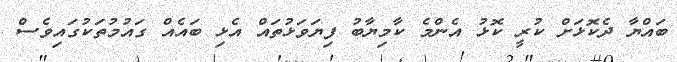
ބައްޔާ ދެކޮޅަށް ކުރީ ކޮޅު އެންމެ ކާމިޔާބު ފިޔަވަޅުތައް އެޅި ބައެއް ގައުމުތަކުގައިވެސް